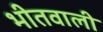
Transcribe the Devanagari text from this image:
भीतवाली